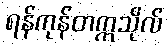
ရန်ကုန်တက္ကသိုလ်